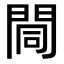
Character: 𨴏